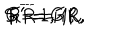
S = 1 , \hspace { 0 . 3 i n } R \overline { { { R } } } = 1 , \hspace { 0 . 3 i n } G ^ { \prime } = G R , \hspace { 0 . 3 i n } F ^ { \prime } = F R ,